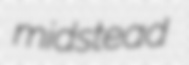
midstead